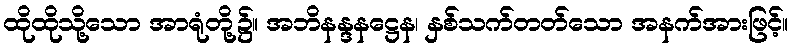
ထိုထိုသို့သော အာရုံတို့၌။ အဘိနန္ဒနဋ္ဌေန၊ နှစ်သက်တတ်သော အနက်အားဖြင့်။